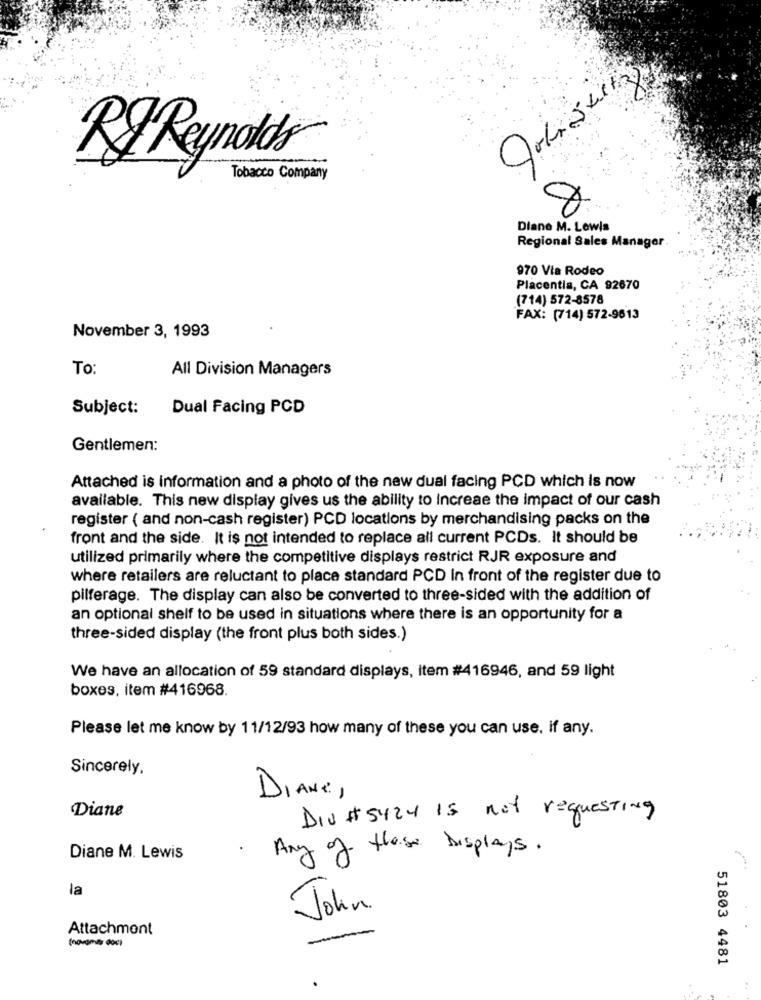
R&Reynolds
Tobacco Company
Diane M. Lewis
Regional Sales Manager
970 Via Rodeo
Placentia, CA 92670
(714) 572-8578
FAX: (714) 572-9613
November 3, 1993
To:
All Division Managers
Subject:
Dual Facing PCD
Gentlemen:
Attached is information and a photo of the new dual facing PCD which is now
available. This new display gives us the ability to Increae the impact of our cash
register ( and non-cash register) PCD locations by merchandising packs on the
front and the side. It is not intended to replace all current PCDs. It should be
utilized primarily where the competitive displays restrict RJR exposure and
where retailers are reluctant to place standard PCD In front of the register due to
pilferage. The display can also be converted to three-sided with the addition of
an optional shelf to be used in situations where there is an opportunity for a
three-sided display (the front plus both sides.)
We have an allocation of 59 standard displays, item #416946, and 59 light
boxes, item #416968.
Please let me know by 11/12/93 how many of these you can use. if any.
Sincerely,
DIANE,
Diane
Div # 5424 Is not requesting
Any of these Displays.
Diane M. Lewis
la
John.
Attachment
(novamas doc)
51803 4481